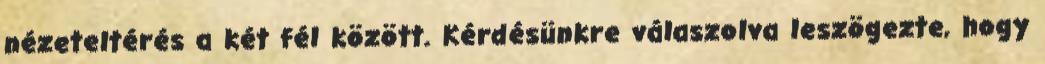
nézeteltérés a két fél között. Kérdésünkre válaszolva leszögezte, hogy